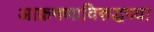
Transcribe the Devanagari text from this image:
आक्रमणाविरुद्धच्या